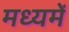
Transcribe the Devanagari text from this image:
मध्‍यमें